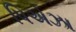
પિએઝા